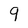
Character: 9